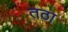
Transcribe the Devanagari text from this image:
तठा